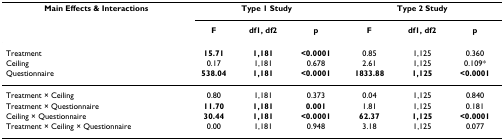
| Main Effects & Interactions | <COLSPAN=3> Type 1 Study | <COLSPAN=3> Type 2 Study |
 |  | F | df1, df2 | p | F | df1, df2 | p |
 | --- | --- | --- | --- | --- | --- | --- |
 | Treatment | 15.71 | 1,181 | <0.0001 | 0.85 | 1,125 | 0.360 |
 | Ceiling | 0.17 | 1,181 | 0.678 | 2.61 | 1,125 | 0.109* |
 | Questionnaire | 538.04 | 1,181 | <0.0001 | 1833.88 | 1,125 | <0.0001 |
 | Treatment × Ceiling | 0.80 | 1,181 | 0.373 | 0.04 | 1,125 | 0.840 |
 | Treatment × Questionnaire | 11.70 | 1,181 | 0.001 | 1.81 | 1,125 | 0.181 |
 | Ceiling × Questionnaire | 30.44 | 1,181 | <0.0001 | 62.37 | 1,125 | <0.0001 |
 | Treatment × Ceiling × Questionnaire | 0.00 | 1,181 | 0.948 | 3.18 | 1,125 | 0.077 |